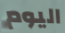
اليوم